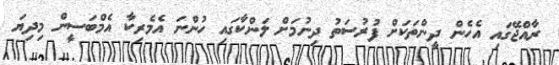
ރާއްޖޭގައި އެހެން ދީންތަކަށް ފުރުސަތު ދިނުމަށް ލަންކާގައި ހުންނަ އެމެރިކާ އެމްބަސީން މިދިޔަ